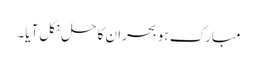
مبارک ہو بحران کا حل نکل آیا۔